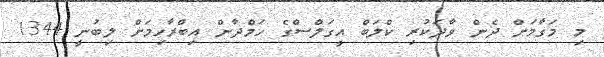
މި މަގާމަށް ދެން ވާދަކުރި ކްލަބް އީގަލްސްގެ ހަމްދާން އިބްރާހިމަށް ލިބުނީ 1344